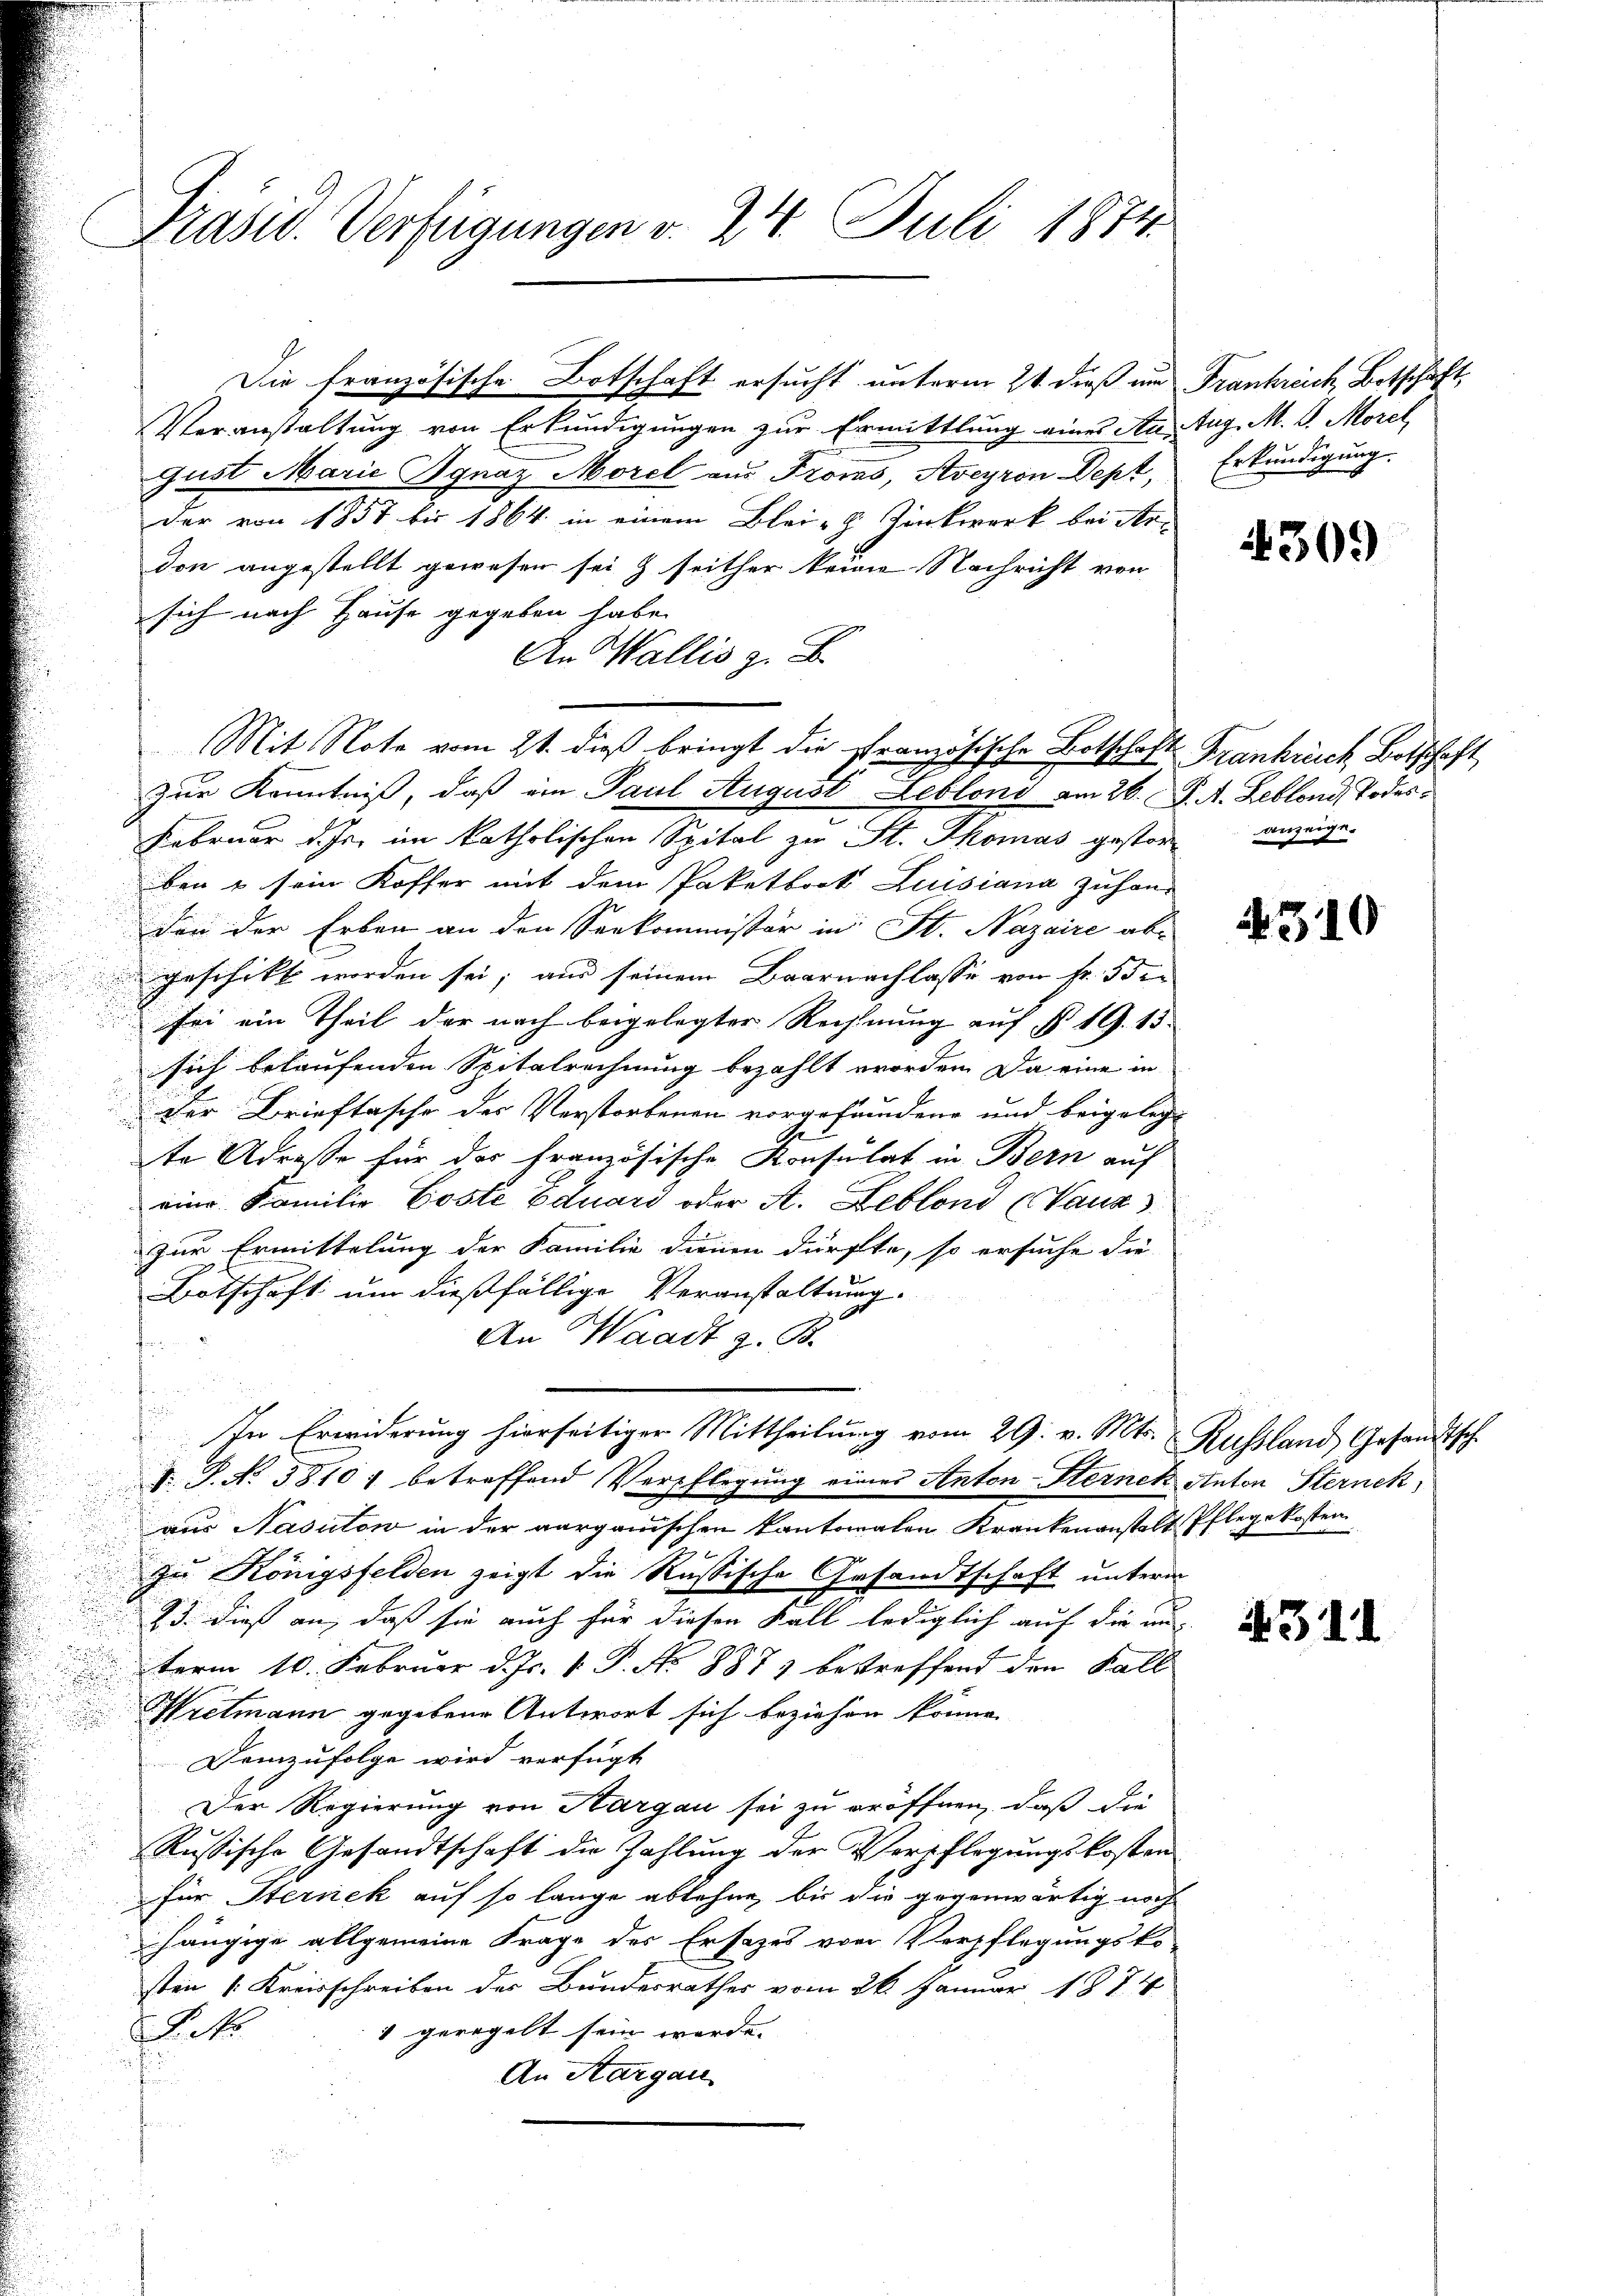
Präsid. Verfügungen v. 24. Juli 1874.

Veranstaltung von Erkundigungen zur Ermittlung eines Au. Aug. M. V. Morel
Gust Marie Ignaz Morel aus Frons, Aveyron Dept,
der von 1857 bis 1864 in einem Blei- Zankwerk bei Ar-
don angestellt gewesen sei & seither keine Nachricht von
sich nach Hause gegeben habe.
An Wallis z. B.
Zur Kenntniß, daß ein Paul August Leblono am 26. J. A. Leblond, Todes¬
Februar d. Js. im katholischen Spital zu St. Thomas gester anzeige-
ben & sein Koffer mit dem Paketboot Luisiana zuhandon der Erben an den Seekommissär in St. Nazaire ab-
geschikt worden sei; aus seinem Baarnachlasse von fr. 552.
sei ein Theil der nach beigelegter Rechnung auf § 19. 15.
sich belaufenden Spitalrechnung bezahlt worden. Da eine in
Der Brieftasche des Verstorbenen vorgefundene und beigelegt
te Adresse für der französische Konsulat in Bern auf
eine Familie Poste Eduard oder A. Leblond (Vauz
zur Ermittelung der Familie dienen dürfte, so ersuche die
Botschaft um dießfällige Veranstaltung.
An Waadt z. B.
i
In Erwiderung hierseitiger Mittheilung vom 29. v. Mts. Russland Gesandtsch
V. P. No 3810) betreffend Verpflegung eines Anton-Sternen Anton Sternek
aus Nasutow in der aargauischen Kantonalen Krankenanstalt Pflegekosten
Bra
zu Königsfelden zeigt die Rassische Gesandtschaft unterm
25. dieß an, daß sie auch für diesen Fall lediglich auf die un
term 10. Februar d. Js. v. P. No 8873 betreffend den Fall
Hietmann gegebene Antwort sich beziehen könne.
Demzufolge wird verfügt
Der Regierung von Aargau sei zu eröffnen, daß die
Russische Gesandtschaft die Zahlung der Verpflegungskosten
für Sternek auf so lange ablehne, bis die gegenwärtig noch
hängige allgemeine Frage des Ersatzes vom Verpflegungsko
sten 1. Kreisschreiben des Bundesrathes vom 26. Januar 1874
1 geregelt sein werde. |
Eck
An Sargau
f

Die französische Botschaft ersucht unterm 21. dieß um Frankreich Botschaft

Mit Note vom 21. dieß bringt die französische Botschaft Frankreich Botschaft

Erkundigung.

r

4309

310

.31)